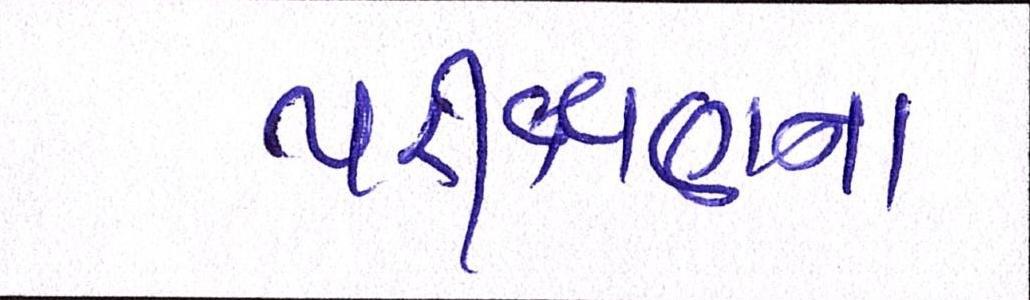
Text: પરીક્ષણના